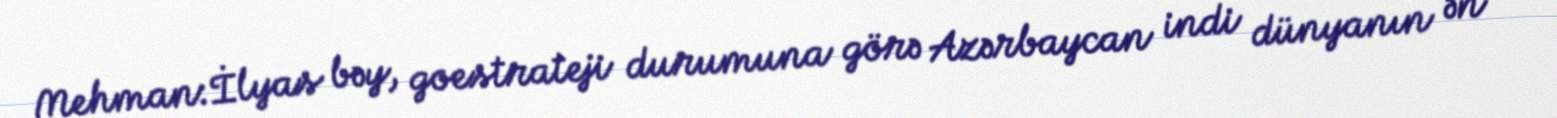
Mehman:İlyas bəy, goestrateji durumuna görə Azərbaycan indi dünyanın ən